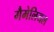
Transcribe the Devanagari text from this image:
गैमेलियल